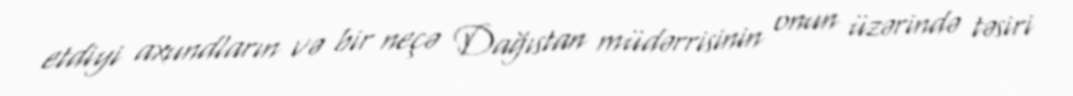
etdiyi axundların və bir neçə Dağıstan müdərrisinin onun üzərində təsiri